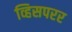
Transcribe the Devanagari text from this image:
व्हिसपरर